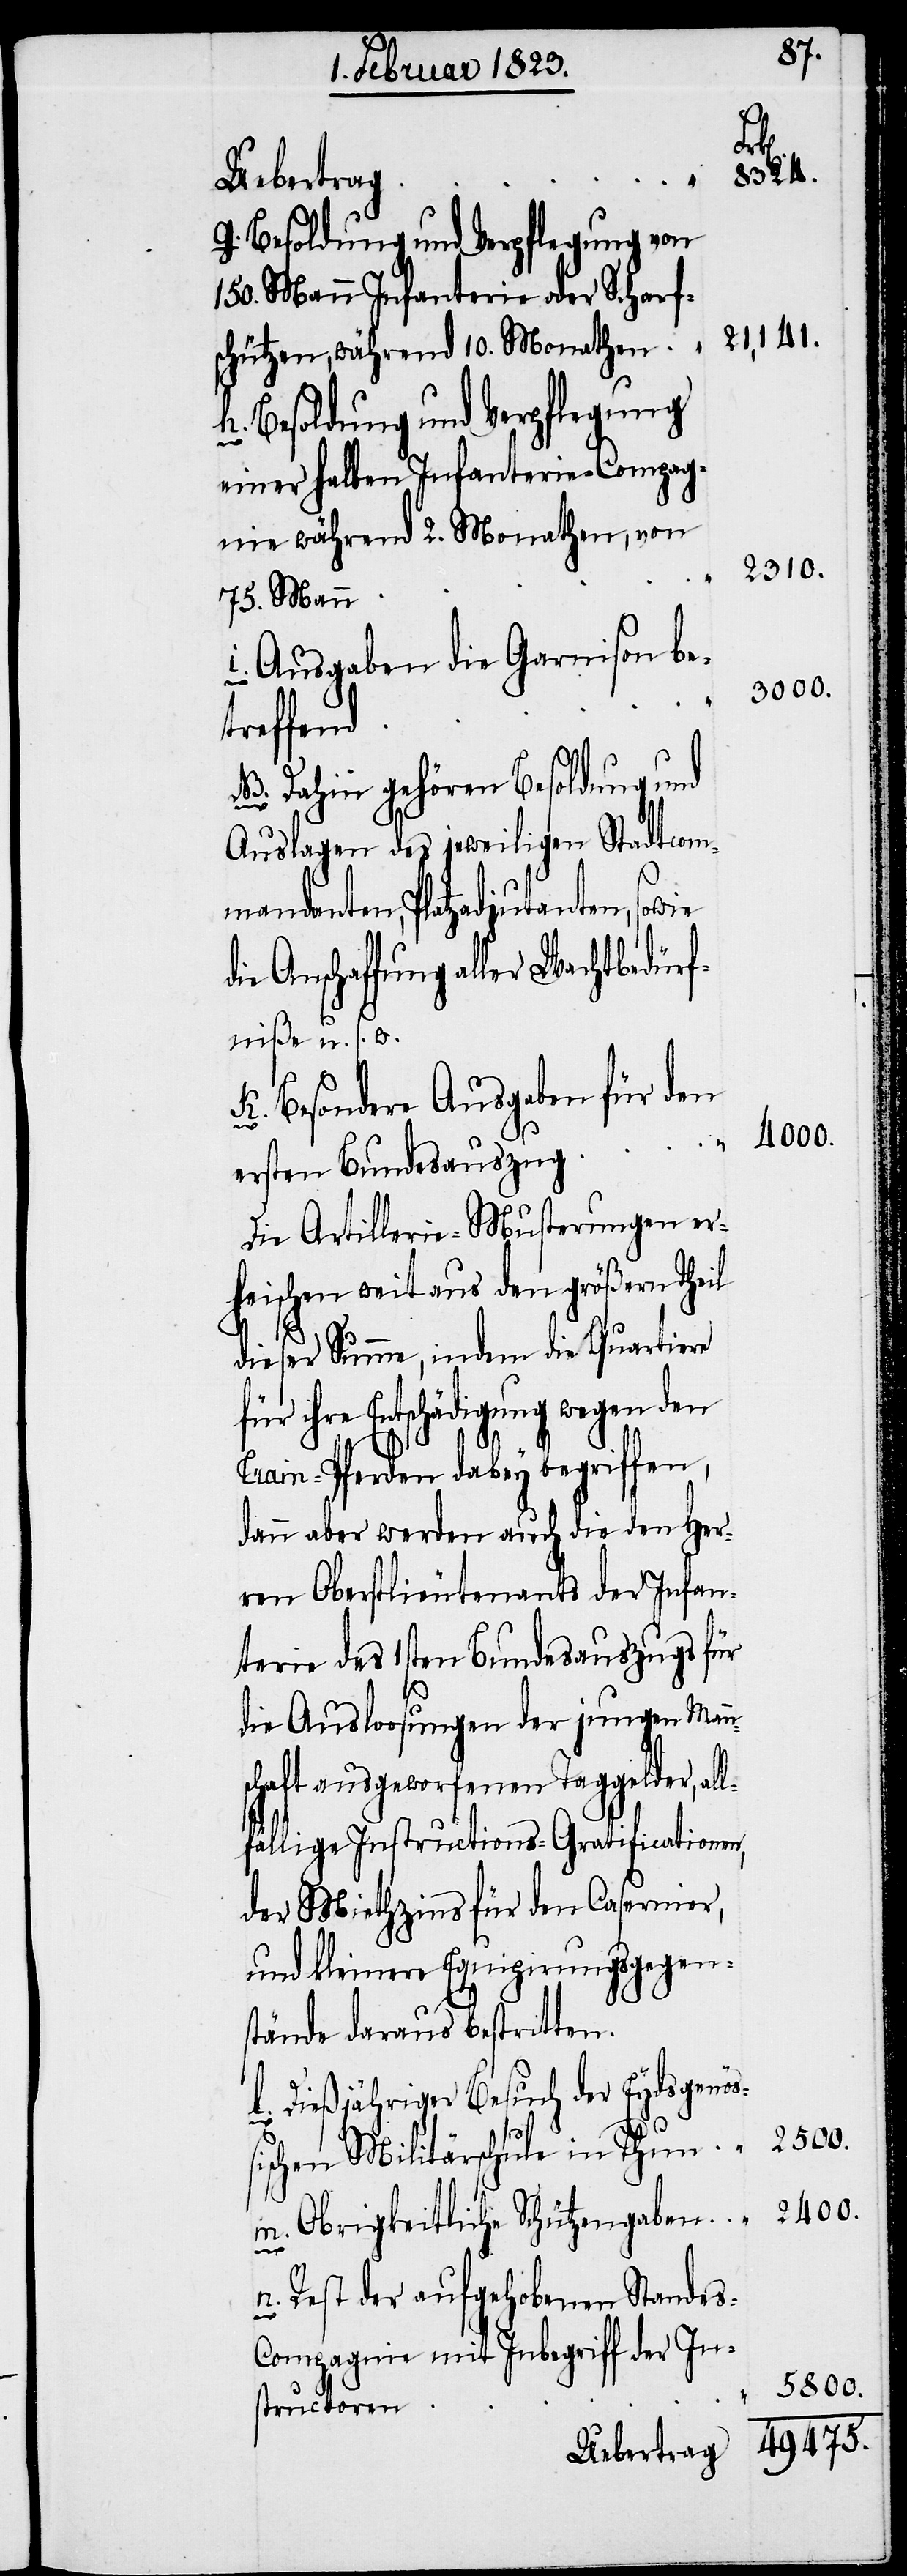
Uebertrag
g. Besoldung und Verpflegung von
150. Mann Infanterie oder Scharf¬
schützen, während 10. Monathen
h. Besoldung und Verpflegung
einer halben Infanterie-Compag¬
nie während 2. Monathen, von
75. Mann
i. Ausgaben die Garnison be¬
treffend
NB. Dahin gehören Besoldung und
Auslagen des jeweiligen Stadtcom¬
mandanten, Platzadjutanten, sowie
die Anschaffung aller Wachtbedürf¬
niße u. s. w.
K. Besondere Ausgaben für den
ersten Bundesauszug
Die Artillerie-Musterungen er¬
heischen weitaus den größern Theil
dieser Summe, indem die Quartiere
für ihre Entschädigung wegen den
Train-Pferden dabey begriffen,
dann aber werden auch die den Her¬
ren Oberstlieutenants der Infan¬
terie des 1sten Bundesauszugs für
die Ausloosungen der jungen Mann¬
schaft ausgeworfenen Taggelder, al¬
lfällige Instructions-Gratificationen,
der Miethzins für den Casernier,
und kleinere Equipirungsgegen¬
stände daraus bestritten.
l. Dießjähriger Besuch der Eydsgenöß¬
2500.
ischen Militärschule in Thun
m. Obrigkeitliche Schützengaben
s-C¬
n. Rest der aufgehobenen Stande¬
ompagnie mit Inbegriff der In¬
5800.
structoren

8324.
21,141.
2310.
3000.
2400.